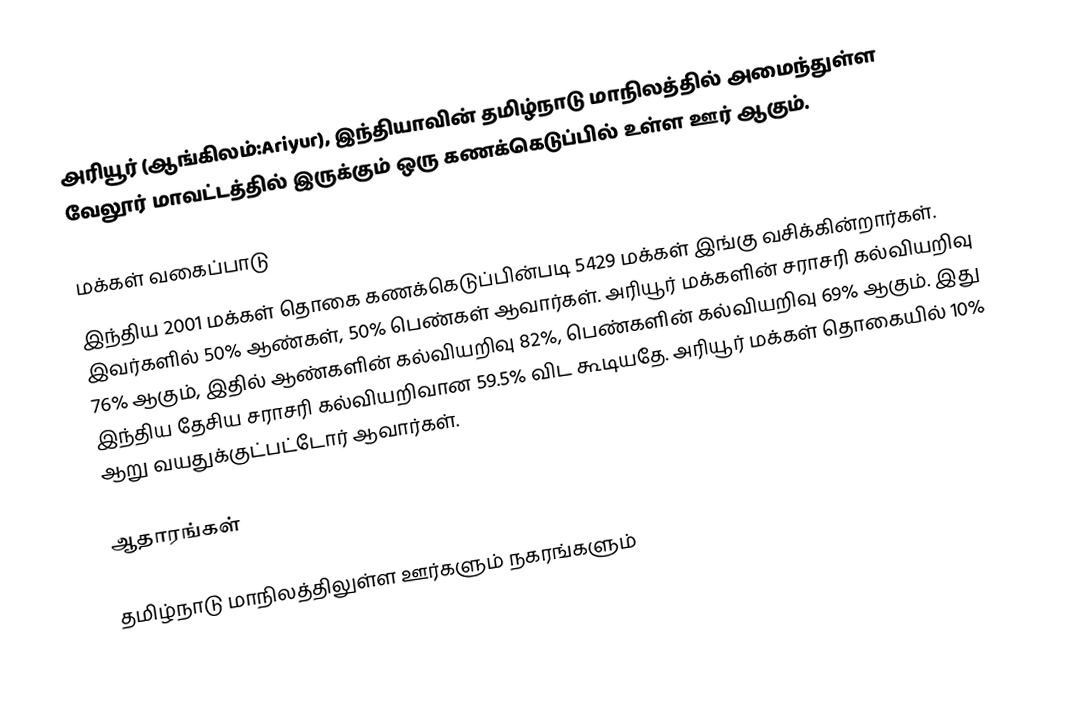
அரியூர் (ஆங்கிலம்:Ariyur), இந்தியாவின் தமிழ்நாடு மாநிலத்தில் அமைந்துள்ள வேலூர் மாவட்டத்தில் இருக்கும் ஒரு கணக்கெடுப்பில் உள்ள ஊர்  ஆகும்.

மக்கள் வகைப்பாடு
இந்திய 2001 மக்கள் தொகை கணக்கெடுப்பின்படி 5429 மக்கள் இங்கு வசிக்கின்றார்கள். இவர்களில் 50% ஆண்கள், 50% பெண்கள் ஆவார்கள். அரியூர் மக்களின் சராசரி கல்வியறிவு 76% ஆகும்,  இதில் ஆண்களின் கல்வியறிவு 82%,  பெண்களின் கல்வியறிவு 69% ஆகும். இது இந்திய தேசிய சராசரி கல்வியறிவான 59.5% விட கூடியதே. அரியூர் மக்கள் தொகையில் 10%  ஆறு வயதுக்குட்பட்டோர் ஆவார்கள்.

ஆதாரங்கள்

தமிழ்நாடு மாநிலத்திலுள்ள ஊர்களும் நகரங்களும்